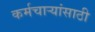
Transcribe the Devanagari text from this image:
कर्मचार्‍यांसाठी